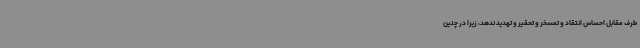
طرف مقابل احساس انتقاد و تمسخر و تحقیر و تهدید ندهد، زیرا در چنین